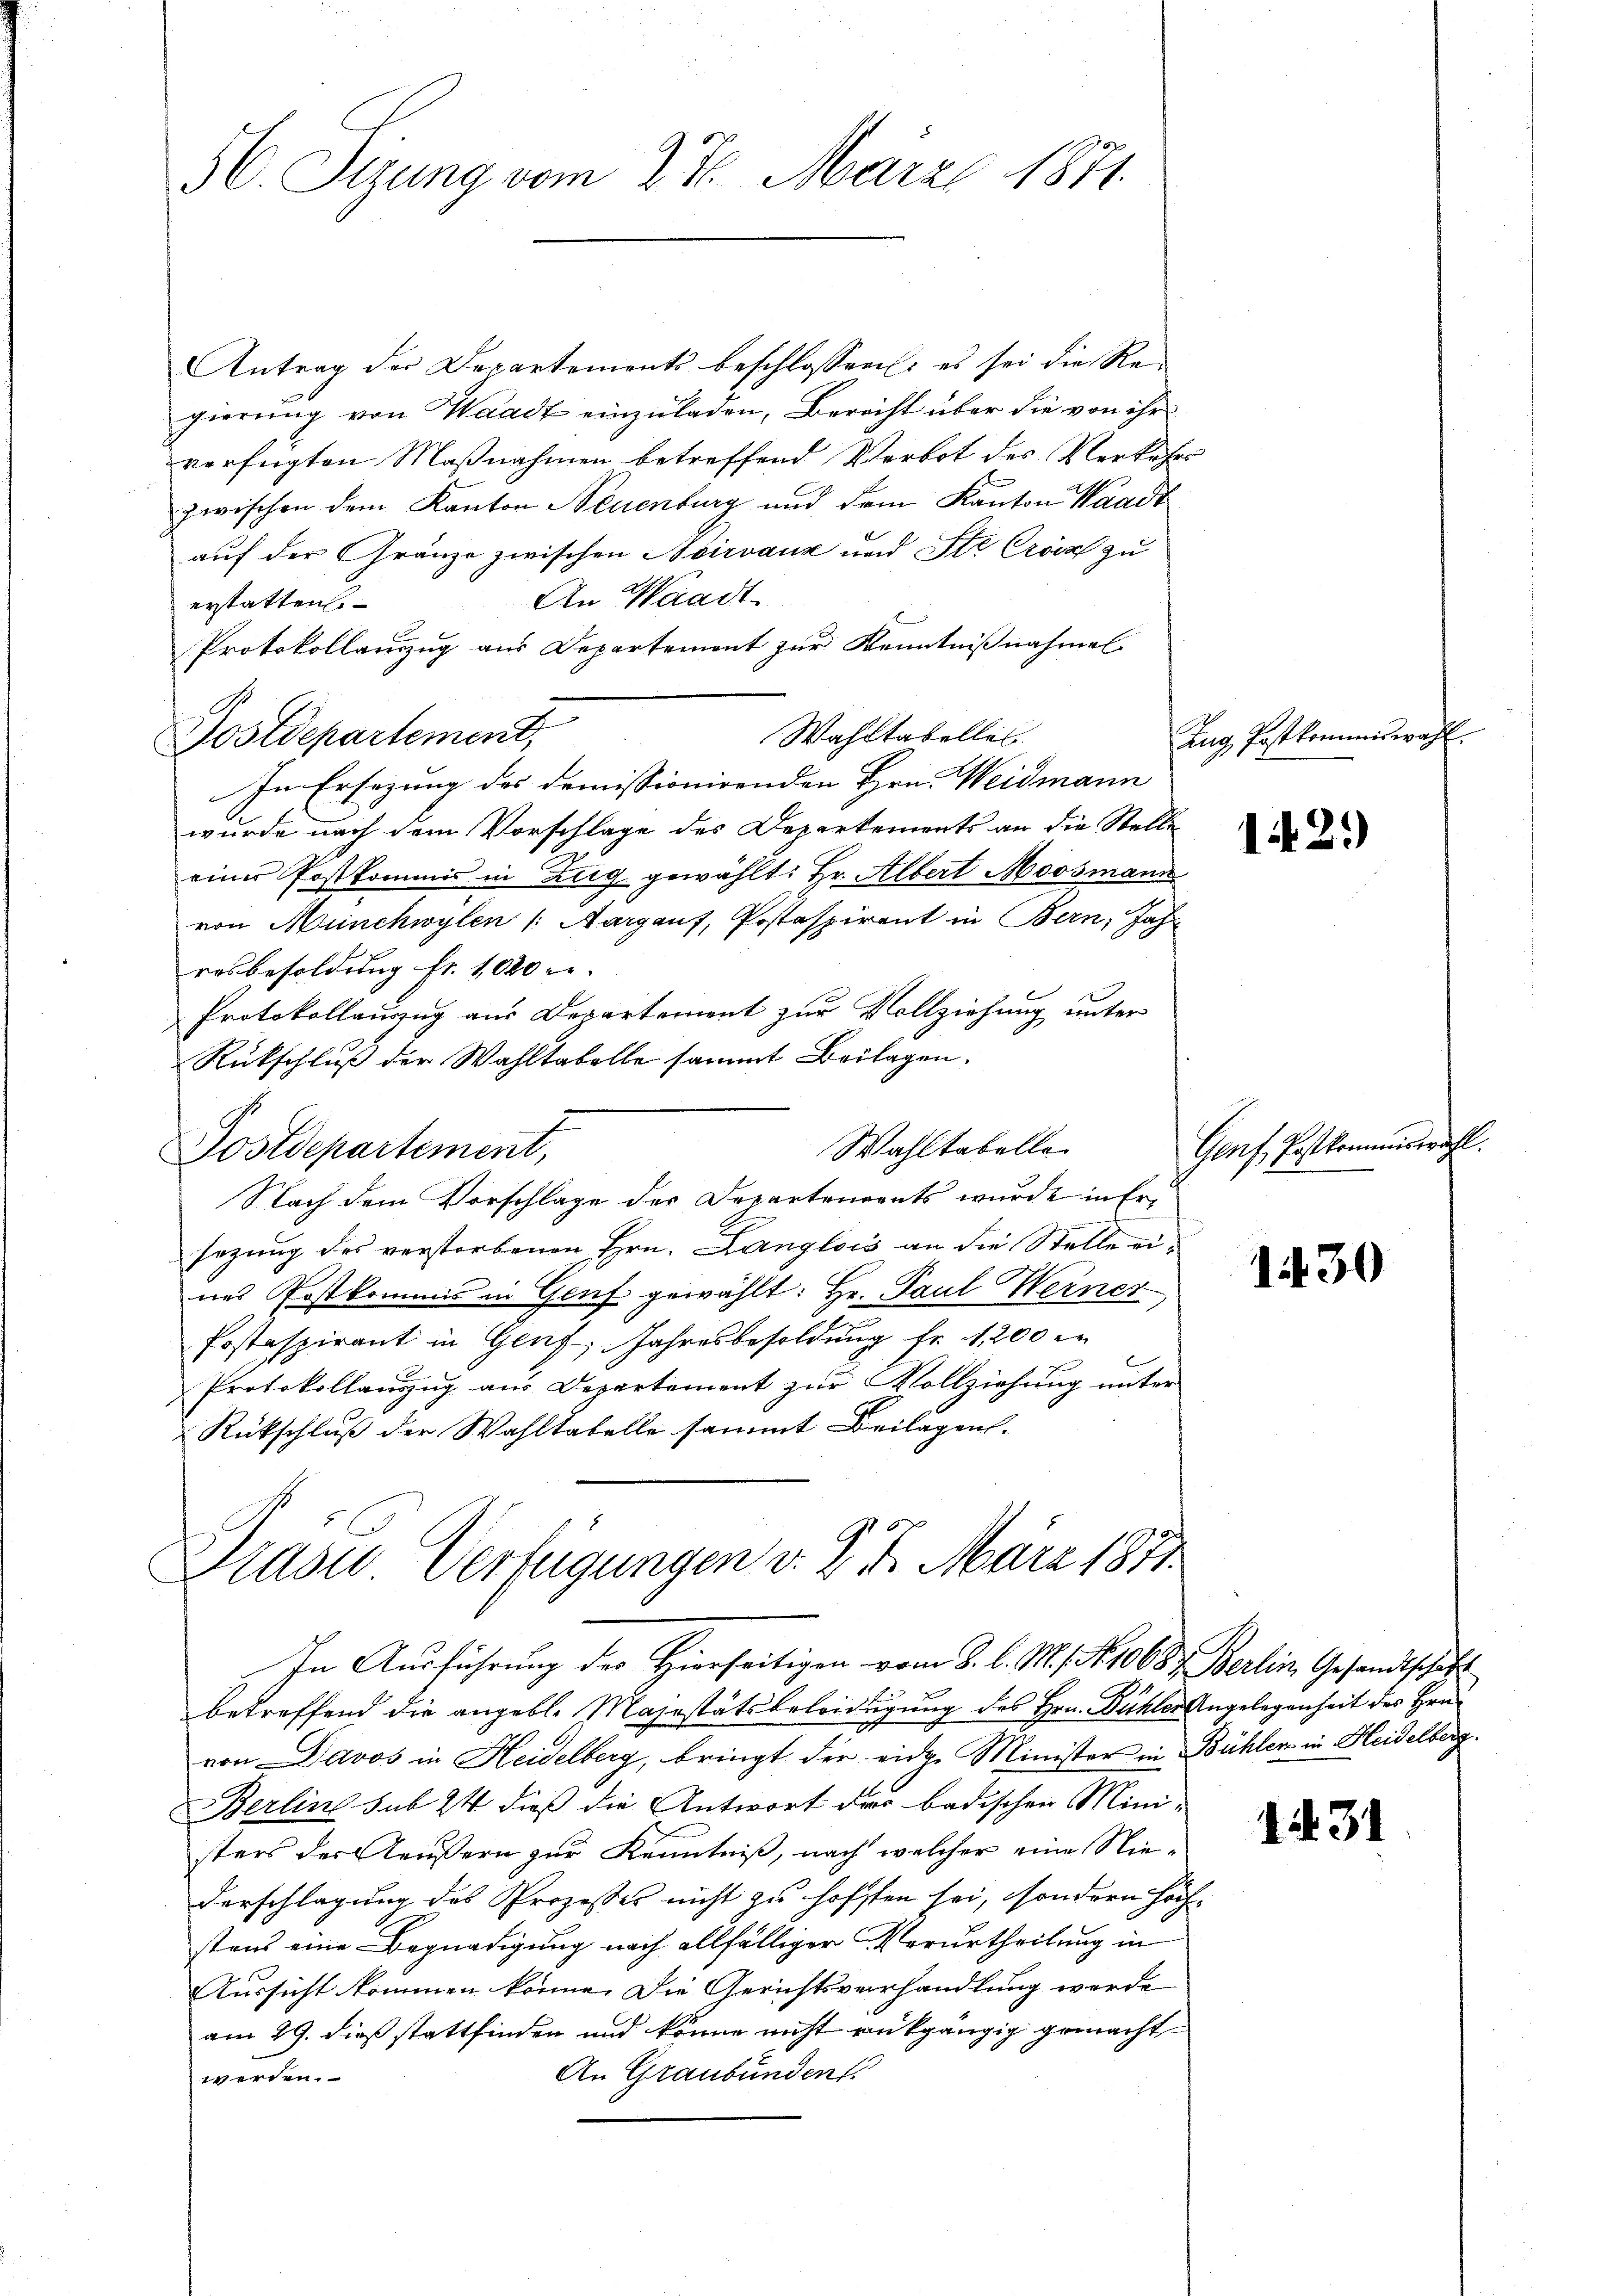
56. Sizung vom 27. März 1871.

Antrag der Departements beschlossen: es sei die Regierung von Waadt einzuladen, Bericht über die von ihr
verfügten Maßnahmen betreffend Verbot des Verkehrs
zwischen dem Kanton Neuenburg und dem Kanton Waadt
auf der Gränze zwischen Noirvanz und Ste Croix zu
An Waadt.
erstatten.
Protokollauszug aus Departement zur Kenntnißnahmel
Wahltabellei
Postdepartement,
In Ersezung des domissionirenden Hrn. Weidmann
wurde nach dem Vorschlage des Departements an die Stellen
eines Postkommis in Zug gewählt: Hr. Albert Moosmann
von Münchwylen (Aargauf, Postaspirent in Bern, Jahr
rosbesoldung fr. 1020 c
Protokollauszug aus Departement zur Vollziehung unter
Rückschluß der Wahltabelle sammt Beilagen.
Wahltabelle
Postdepartement,
Nach dem Vorschlage des Departenants wurde in Ersezung des verstorbenen Hrn. Langlois an die Stelle eines Postkommis in Genf gewählt: Hr. Paul Werner
Postaspirant in Genf, Jahresbesoldung fr. 1200 in
Protokollauszug aus Departement zur Vollziehung unter
Rückschluß der Wahltabelle sammt Beilagens-

Präse Verfügungen v. 2. 5. März 1871.
In Ausführung der Hierseitigen vom 8. d. M. Nr. 1068. Berlin Gesandtschaft

Zug Postkommiswah

betreffend die angebl. Majestätsbeleidigung des Hrn. Bühler Angelegenheit des Hrn.
von Davos in Heidelberg, bringt der eidge Minister in Bühlen in Heidelberg
Berline sub 24 dieß die Antwort der badischen Mini-
sters der Aeußern zur Kenntniß, nach welcher eine Niedarschlagung des Prozesses nicht zu hofften sei, sondern höch-
stens eine Begnadigung nach allfälliger Verurtheilung in
Aussicht kommen könne. Die Gerichtsverhandlung werde
am 29. dieß stattfinden und könne nicht rükgängig gemacht
An Graubünden
werden.

12.)

Genf, Erstkommiswahl

1430

1431